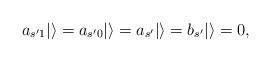
LaTeX: \begin{align*}a_{s'1}|\rangle=a_{s'0}|\rangle=a_{s'}|\rangle=b_{s'}|\rangle=0,\end{align*}